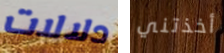
دلالات أخذتني